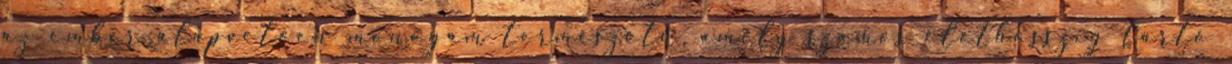
az ember alapvetően monogám természetű, amely számos élethosszig tartó